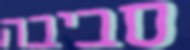
סביבה